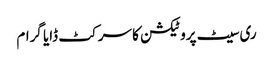
ری سیٹ پروٹیکشن کا سرکٹ ڈایا گرام